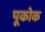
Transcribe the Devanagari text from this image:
पूकोक